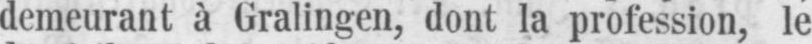
demeurant à Gralingen, dont la profession, le